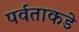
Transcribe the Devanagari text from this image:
पर्वताकडे